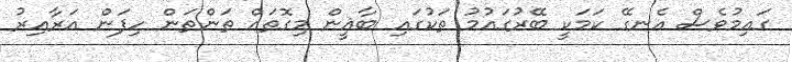
ގައިމުވެސް އެނގޭ ކަމަކީ ބޭރުގައުމު ތަކުގައި ބާޣީން މިގޮތައް ތަންތަން ހިފަން އަރާއިރު